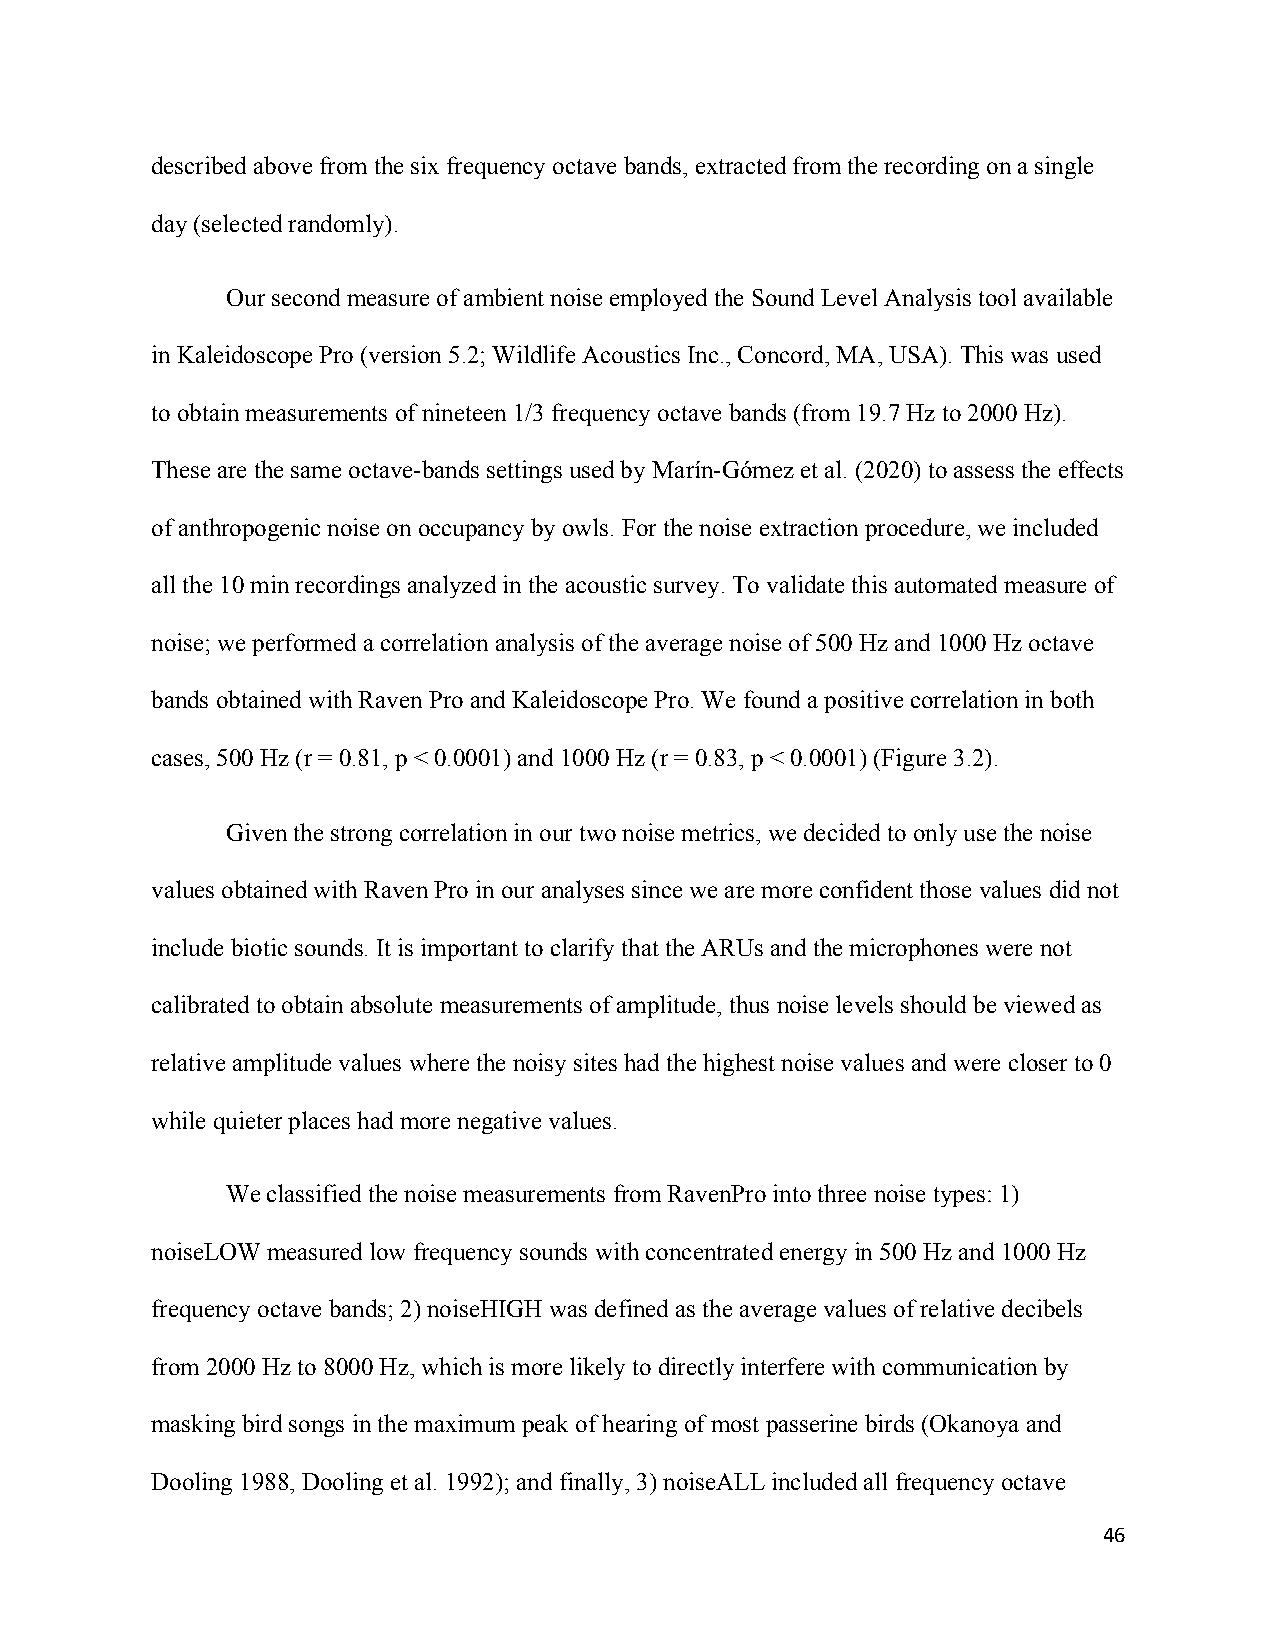
described above from the six frequency octave bands, extracted from the recording on a single
 day (selected randomly).
 Our second measure of ambient noise employed the Sound Level Analysis tool available
 in Kaleidoscope Pro (version 5.2; Wildlife Acoustics Inc., Concord, MA, USA). This was used
 to obtain measurements of nineteen 1/3 frequency octave bands (from 19.7 Hz to 2000 Hz).
 These are the same octave-bands settings used by Marín-Gómez et al. (2020) to assess the effects
 of anthropogenic noise on occupancy by owls. For the noise extraction procedure, we included
 all the 10 min recordings analyzed in the acoustic survey. To validate this automated measure of
 noise; we performed a correlation analysis of the average noise of 500 Hz and 1000 Hz octave
 bands obtained with Raven Pro and Kaleidoscope Pro. We found a positive correlation in both
 cases, 500 Hz (r = 0.81, p < 0.0001) and 1000 Hz (r = 0.83, p < 0.0001) (Figure 3.2).
 Given the strong correlation in our two noise metrics, we decided to only use the noise
 values obtained with Raven Pro in our analyses since we are more confident those values did not
 include biotic sounds. It is important to clarify that the ARUs and the microphones were not
 calibrated to obtain absolute measurements of amplitude, thus noise levels should be viewed as
 relative amplitude values where the noisy sites had the highest noise values and were closer to 0
 while quieter places had more negative values.
 We classified the noise measurements from RavenPro into three noise types: 1)
 noiseLOW measured low frequency sounds with concentrated energy in 500 Hz and 1000 Hz
 frequency octave bands; 2) noiseHIGH was defined as the average values of relative decibels
 from 2000 Hz to 8000 Hz, which is more likely to directly interfere with communication by
 masking bird songs in the maximum peak of hearing of most passerine birds (Okanoya and
 Dooling 1988, Dooling et al. 1992); and finally, 3) noiseALL included all frequency octave
 46